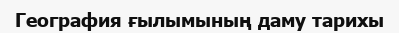
География ғылымының даму тарихы